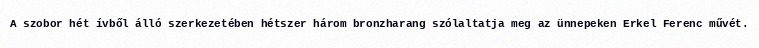
A szobor hét ívből álló szerkezetében hétszer három bronzharang szólaltatja meg az ünnepeken Erkel Ferenc művét.